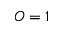
O = 1